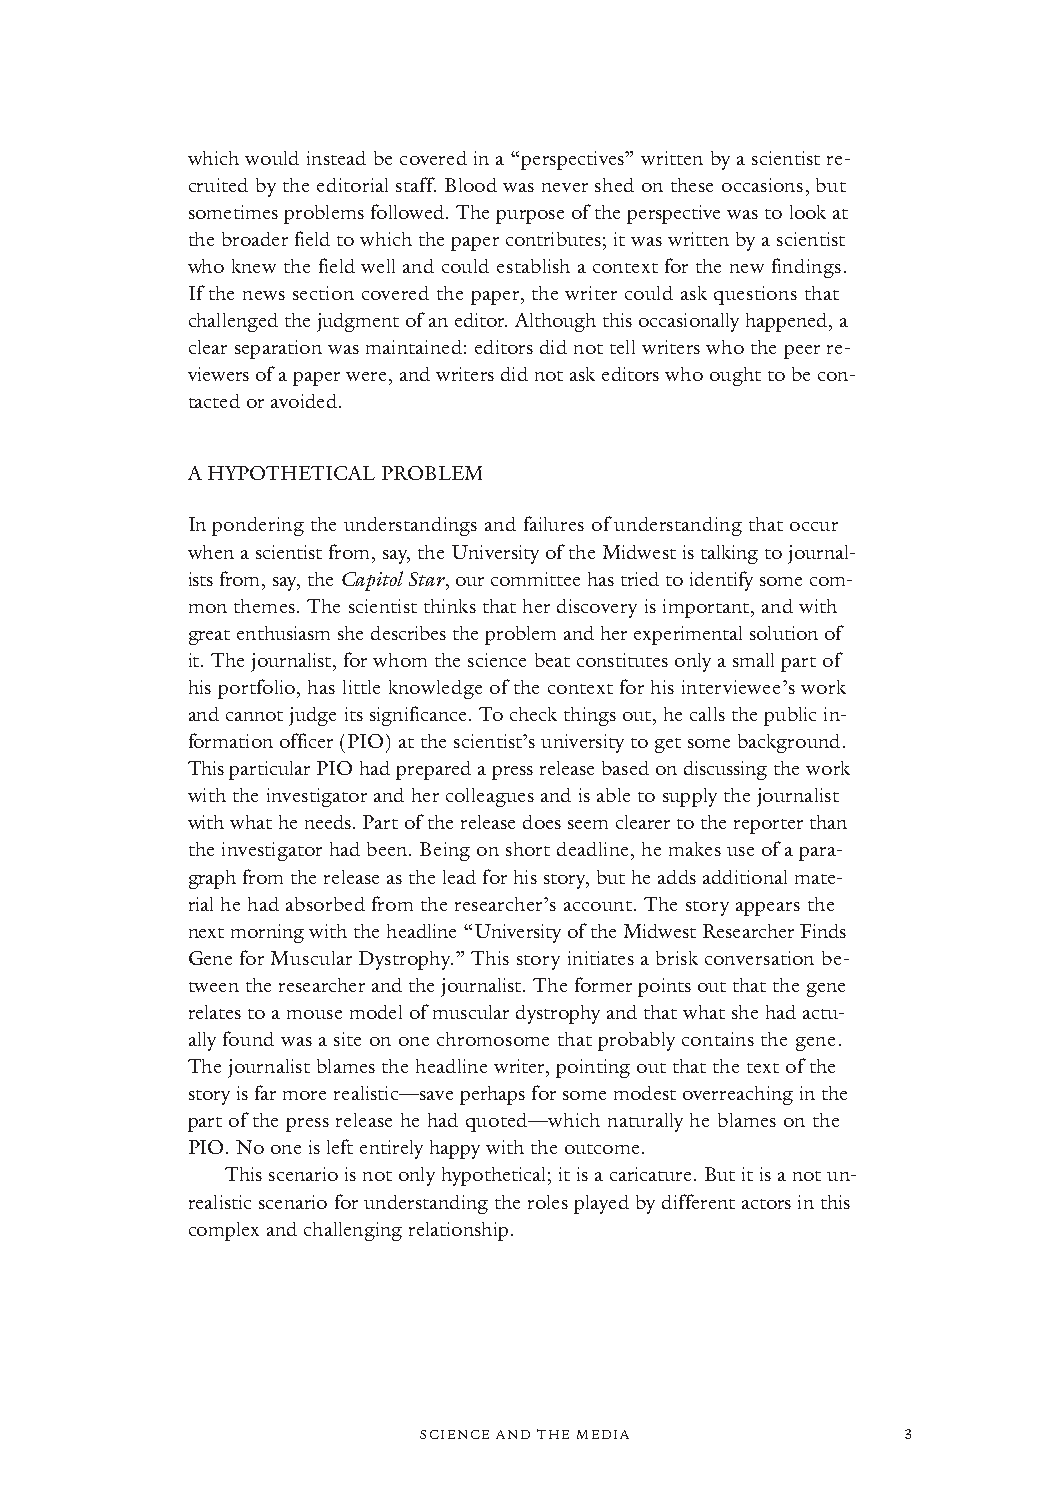
which would instead be covered in a “perspectives” written by a scientist re-
 cruited by the editorial staff. Blood was never shed on these occasions, but
 sometimes problems followed. The purpose of the perspective was to look at
 the broader field to which the paper contributes; it was written by a scientist
 who knew the field well and could establish a context for the new findings.
 If the news section covered the paper, the writer could ask questions that
 challenged the judgment of an editor. Although this occasionally happened, a
 clear separation was maintained: editors did not tell writers who the peer re-
 viewers of a paper were, and writers did not ask editors who ought to be con-
 tacted or avoided.
 A HYPOTHETICAL PROBLEM
 In pondering the understandings and failures of understanding that occur
 when a scientist from, say, the University of the Midwest is talking to journal-
 ists from, say, the Capitol Star, our committee has tried to identify some com-
 mon themes. The scientist thinks that her discovery is important, and with
 great enthusiasm she describes the problem and her experimental solution of
 it. The journalist, for whom the science beat constitutes only a small part of
 his portfolio, has little knowledge of the context for his interviewee’s work
 and cannot judge its significance. To check things out, he calls the public in-
 formation officer (PIO) at the scientist’s university to get some background.
 This particular PIO had prepared a press release based on discussing the work
 with the investigator and her colleagues and is able to supply the journalist
 with what he needs. Part of the release does seem clearer to the reporter than
 the investigator had been. Being on short deadline, he makes use of a para-
 graph from the release as the lead for his story, but he adds additional mate-
 rial he had absorbed from the researcher’s account. The story appears the
 next morning with the headline “University of the Midwest Researcher Finds
 Gene for Muscular Dystrophy.” This story initiates a brisk conversation be-
 tween the researcher and the journalist. The former points out that the gene
 relates to a mouse model of muscular dystrophy and that what she had actu-
 ally found was a site on one chromosome that probably contains the gene.
 The journalist blames the headline writer, pointing out that the text of the
 story is far more realistic—save perhaps for some modest overreaching in the
 part of the press release he had quoted—which naturally he blames on the
 PIO. No one is left entirely happy with the outcome.
 This scenario is not only hypothetical; it is a caricature. But it is a not un-
 realistic scenario for understanding the roles played by different actors in this
 complex and challenging relationship.
 SCIENCE AND THE MEDIA           3